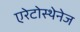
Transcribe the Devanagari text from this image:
एरेटोस्थेनेज